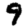
Digit: 9